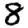
Digit: 8